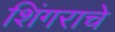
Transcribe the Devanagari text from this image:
शिंगराचे